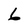
Character: 6